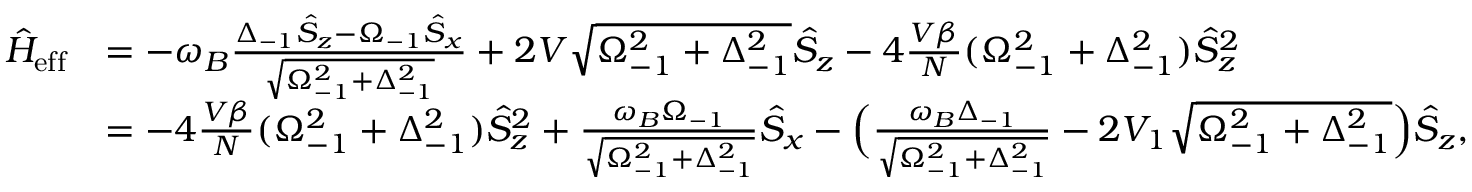
\begin{array} { r l } { \hat { H } _ { \mathrm { e f f } } } & { = - \omega _ { B } \frac { \Delta _ { - 1 } \hat { S } _ { z } - \Omega _ { - 1 } \hat { S } _ { x } } { \sqrt { \Omega _ { - 1 } ^ { 2 } + \Delta _ { - 1 } ^ { 2 } } } + 2 V \sqrt { \Omega _ { - 1 } ^ { 2 } + \Delta _ { - 1 } ^ { 2 } } \hat { S } _ { z } - 4 \frac { V \beta } { N } ( \Omega _ { - 1 } ^ { 2 } + \Delta _ { - 1 } ^ { 2 } ) \hat { S } _ { z } ^ { 2 } } \\ & { = - 4 \frac { V \beta } { N } ( \Omega _ { - 1 } ^ { 2 } + \Delta _ { - 1 } ^ { 2 } ) \hat { S } _ { z } ^ { 2 } + \frac { \omega _ { B } \Omega _ { - 1 } } { \sqrt { \Omega _ { - 1 } ^ { 2 } + \Delta _ { - 1 } ^ { 2 } } } \hat { S } _ { x } - \Big ( \frac { \omega _ { B } \Delta _ { - 1 } } { \sqrt { \Omega _ { - 1 } ^ { 2 } + \Delta _ { - 1 } ^ { 2 } } } - 2 V _ { 1 } \sqrt { \Omega _ { - 1 } ^ { 2 } + \Delta _ { - 1 } ^ { 2 } } \Big ) \hat { S } _ { z } , } \end{array}